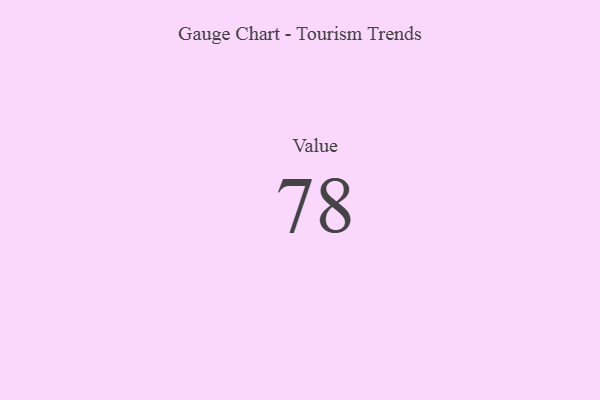
{"axis": {"x": "Metric", "y": "Value"}, "legend": [""], "data": [{"x": "Value", "y": 78, "type": ""}]}